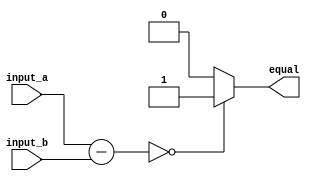
module equality_comparator (
    input   wire [7:0] input_a,
    input   wire [7:0] input_b,
    output  reg        equal
);

reg [7:0] result;

always @* begin
    result = input_a - input_b;
    if (result == 8'b00000000) begin
        equal = 1;
    end
    else begin
        equal = 0;
    end
end

endmodule